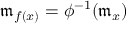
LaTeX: { \mathfrak { m } } _ { f ( x ) } = \phi ^ { - 1 } ( { \mathfrak { m } } _ { x } )